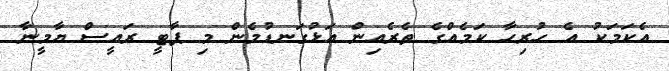
އެކަމަކު އެ ހުރިހާ ކަމެއްގެ ތެރެއިން އަޅުގަނޑުމެން މި ޕާޓީ ރައީސް ޔާމީނާ